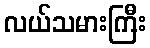
လယ်သမားကြီး